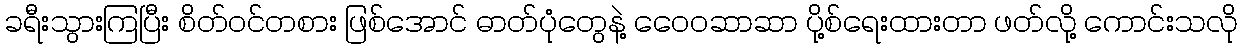
ခရီးသွားကြပြီး စိတ်ဝင်တစား ဖြစ်အောင် ဓာတ်ပုံတွေနဲ့ ဝေေ၀ဆာဆာ ပို့စ်ရေးထားတာ ဖတ်လို့ ကောင်းသလို